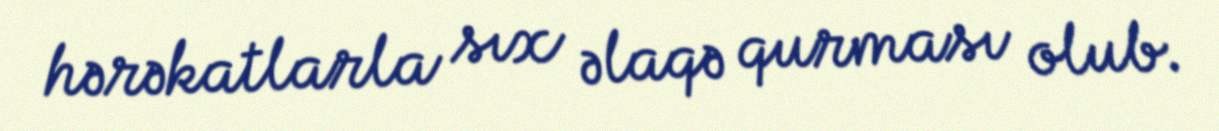
hərəkatlarla sıx əlaqə qurması olub.